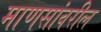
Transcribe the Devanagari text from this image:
माणसांवरील